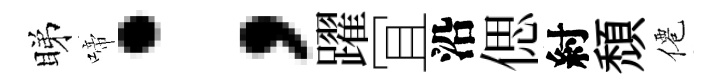
睇啼；躍冝沿偲紂頽僊